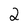
Character: 2